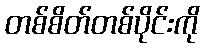
တစ်စိတ်တစ်ပိုင်းကို